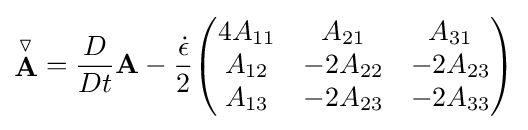
{\stackrel {\triangledown }{\mathbf {A} }}={\frac {D}{Dt}}\mathbf {A} -{\frac {\dot {\epsilon }}{2}}{\begin{pmatrix}4A_{11}&A_{21}&A_{31}\\A_{12}&-2A_{22}&-2A_{23}\\A_{13}&-2A_{23}&-2A_{33}\end{pmatrix}}